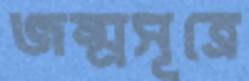
জন্মসূত্রে